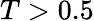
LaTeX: T>0.5